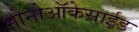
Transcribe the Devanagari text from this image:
मोनोऑकेसाईड